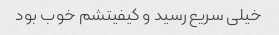
خیلی سریع رسید و کیفیتشم خوب بود